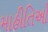
માહીતિઓ